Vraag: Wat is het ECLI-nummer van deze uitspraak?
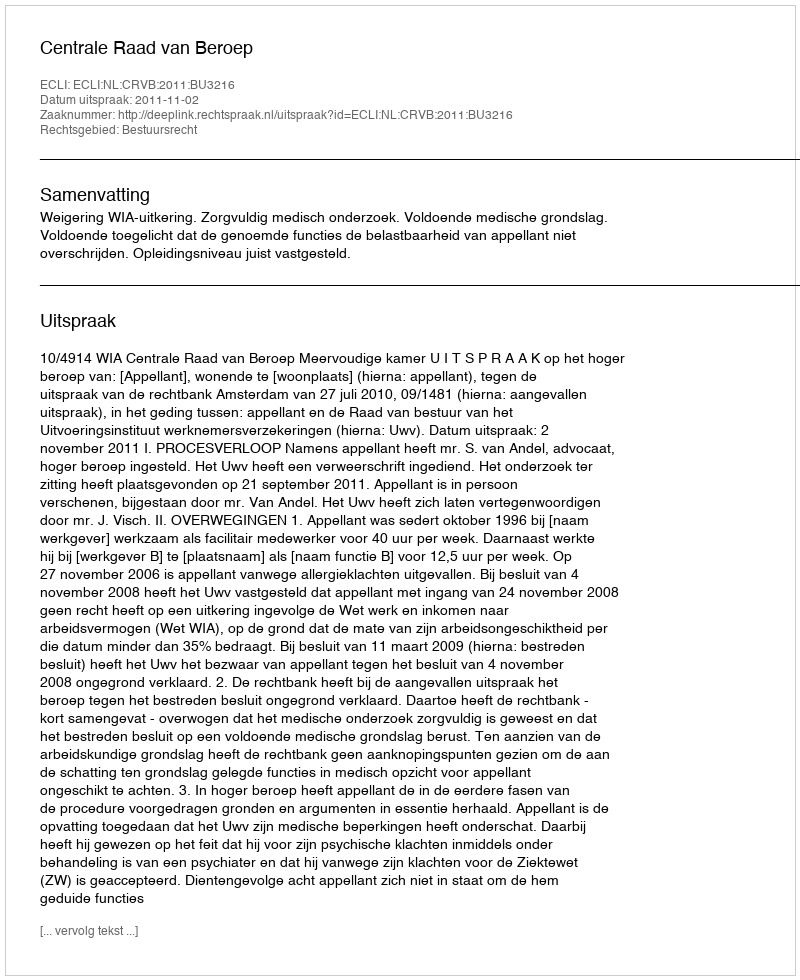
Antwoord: ECLI:NL:CRVB:2011:BU3216